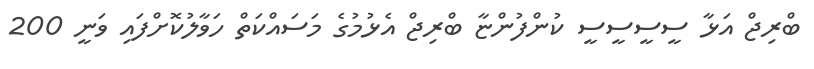
ބްރިޖް އަޅާ ސީސީސީސީ ކުންފުންޏާ ބްރިޖް އެޅުުމުގެ މަސައްކަތް ހަވާލުކޮށްފައި ވަނީ 200